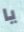
يا